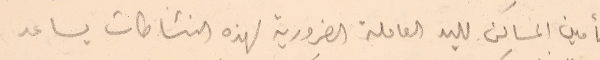
تأمين المساكن لليد العاملة الضرورية لهذه النشاطات يساعد